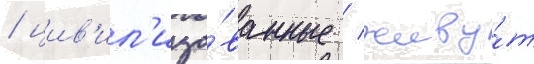
/ цив'ил'изо́ванные / живу́т